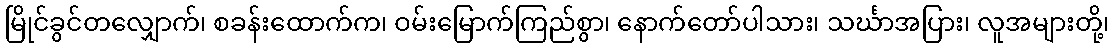
မြိုင်ခွင်တလျှောက်၊ စခန်းထောက်က၊ ဝမ်းမြောက်ကြည်စွာ၊ နောက်တော်ပါသား၊ သင်္ဃာအပြား၊ လူအများတို့၊